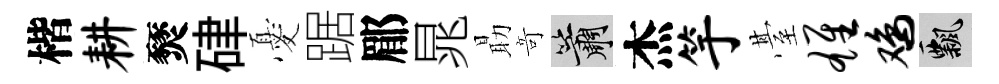
楷耕燹硉憂踞郿晁朂竒簫杰竽䑓雄鸡飄